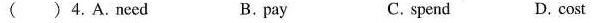
( ) 4. A.Need B. pay C. spend D. cost